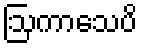
ဩကာသေပိ